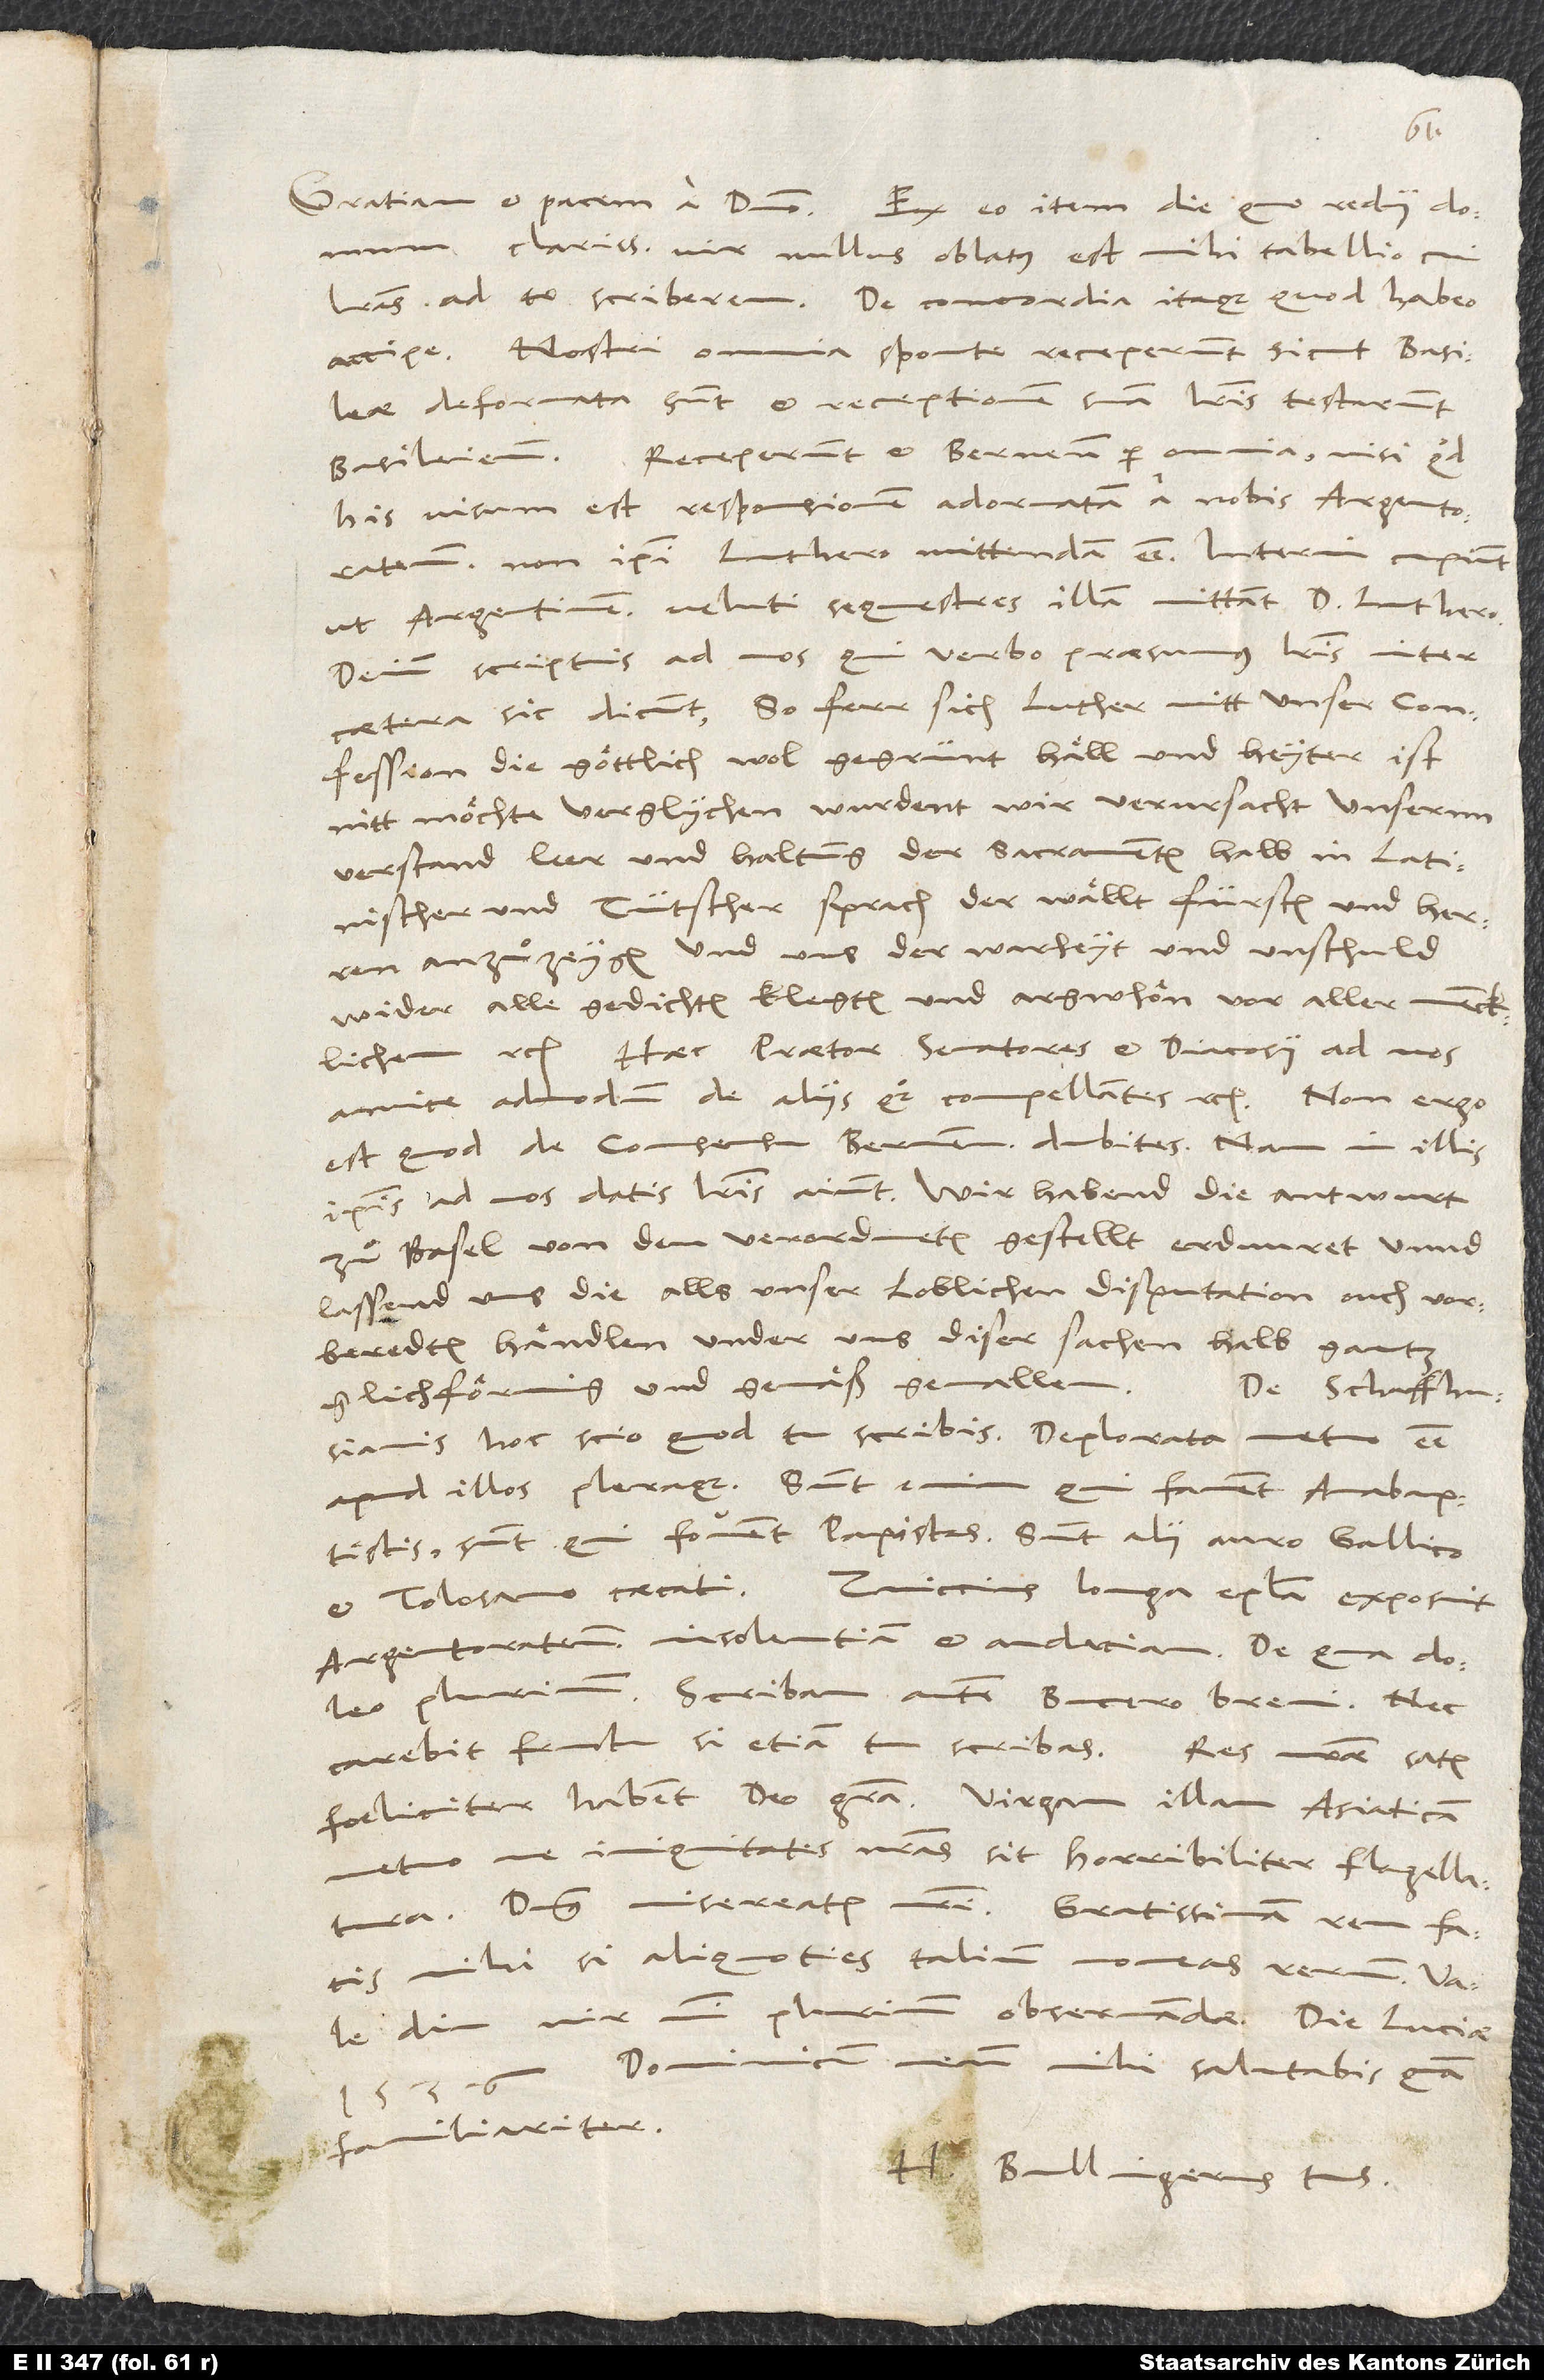
clarissime vir, nullus oblatus est mihi tabellio, cui
literas ad te scriberem. De concordia itaque quod habeo,
accipe. Nostri omnia sponte receperunt, sicut Basileae
deformata sunt, et receptionem suam literis testarunt
Basileiensibus. Receperunt et Bernenses per omnia, nisi quod
his visum est responsionem adornatam a nobis Argentoratensibus,
non ipsi Luthero mittendam esse. Interim cupiunt,
ut Argentinenses veluti sequestres illam mittant doctori Luthero.
Deinde scriptis ad nos, qui verbo praesumus, literis inter
caetera sic dicunt: "So ferr sich Luther mitt unser confession,
die göttlich, wol gegrünt, hail und heyter ist,
nitt möchte verglychen, wurdent wir verursacht, unsernn
verstand, leer und haltung der sacramenten halb in latinischer
und tütscher sprach der wällt fürsten und herren
anzuzeygen und uns der warheyt und unschuld
wider alle gedichten klegten und argwhön vor aller mencklichenn
etc." Haec praetor, senatores et diacosii ad nos
amice admodum de aliis quoque compellantes etc. Non ergo
est, quod de consensu Bernensium dubites. Nam in illis
ipsis ad nos datis literis aiunt: "Wir habend die antwurt,
zu Basel von den verordneten gestellt, erduuret unnd
lassend uns die alls unser loblichen disputation, ouch vorberedten
händlen under uns diser sachen halb gantz
glichförmig und gemäß gevallen."
De Schaffhusianis
hoc scio, quod tu scribis. Deplorata metuo esse
apud illos pleraque. Sunt enim, qui favent anabaptistis,
sunt, qui fovent papistas, sunt alii auro Gallico
Argentoratensium insolentiam et audaciam. De qua doleo
plurimum. Scribam autem Bucero brevi. Nec
foeliciter habent. Deo gratia. Virgam illam Asiaticam
metuo, ne iniquitates nostras sit horribiliter flagellatura.
Dominus misereatur nostri. Gratissimam rem facis
mihi, si aliquoties talium moneas rerum.
diu, vir mihi plurimum observande.
Dominicum meum mihi salutabis quam
familiariter.
H. Bullingerus tuus.